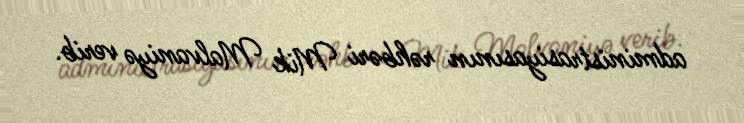
administrasiyasının rəhbəri Mik Malvaniyə verib.